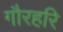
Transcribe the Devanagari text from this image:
गौरहरि